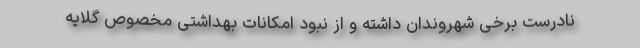
نادرست برخی شهروندان داشته و از نبود امکانات بهداشتی مخصوص گلایه